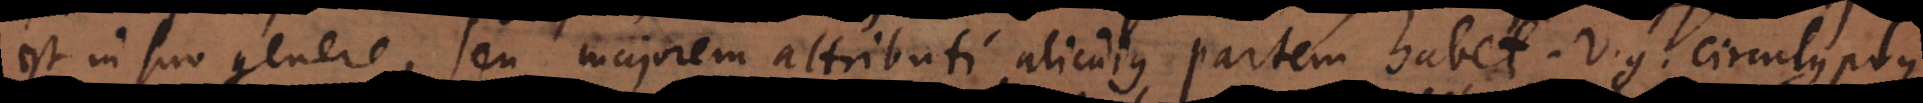
est in suo genere, seu majorem attributi alicuius partem habet. V.g. circulus plus